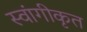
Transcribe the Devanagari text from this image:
स्वांगीकृत